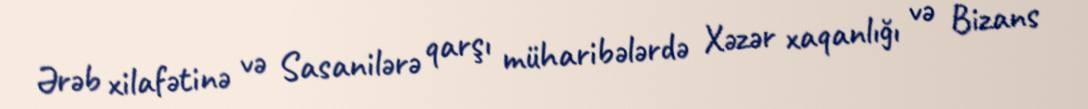
Ərəb xilafətinə və Sasanilərə qarşı müharibələrdə Xəzər xaqanlığı və Bizans